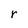
Character: r